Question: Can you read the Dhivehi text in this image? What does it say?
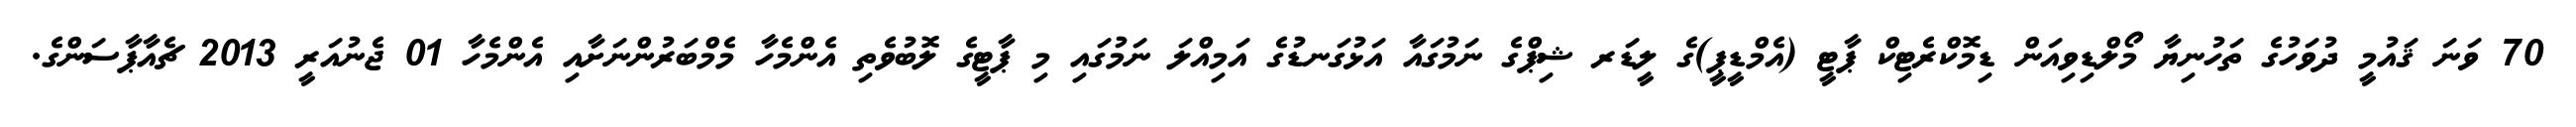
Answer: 70 ވަނަ ޤައުމީ ދުވަހުގެ ތަހުނިޔާ މޯލްޑިވިއަން ޑިމޮކްރެޓިކް ޕާޓީ (އެމްޑީޕީ)ގެ ލީޑަރ ޝިޕްގެ ނަމުގައާ އަޅުގަނޑުގެ އަމިއްލަ ނަމުގައި މި ޕާޓީގެ ލޮބުވެތި އެންމެހާ މެމްބަރުންނަށާއި އެންމެހާ 01 ޖެނުއަރީ 2013 ޗެއާޕާސަންގެ.